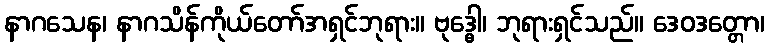
နာဂသေန၊ နာဂသိန်ကိုယ်တော်အရှင်ဘုရား။ ဗုဒ္ဓေါ၊ ဘုရားရှင်သည်။ ဒေဝဒတ္တော၊